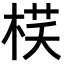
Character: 𣓎